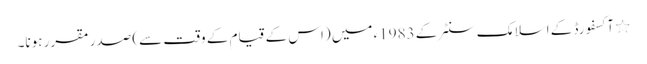
٭ آکسفورڈ کے اسلامک سنٹر کے 1983ء میں (اس کے قیام کے وقت سے) صدر مقرر ہونا۔